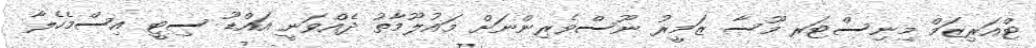
ޓްއަރިޒަމް މިނިސްޓަރ މޫސާ ޒަމީރު ނޫސްވެރިންނަށް މައުލޫމާތު ދެއްވަނީ އައްޑޫ ސިޓީ އިސްމެހެލާ